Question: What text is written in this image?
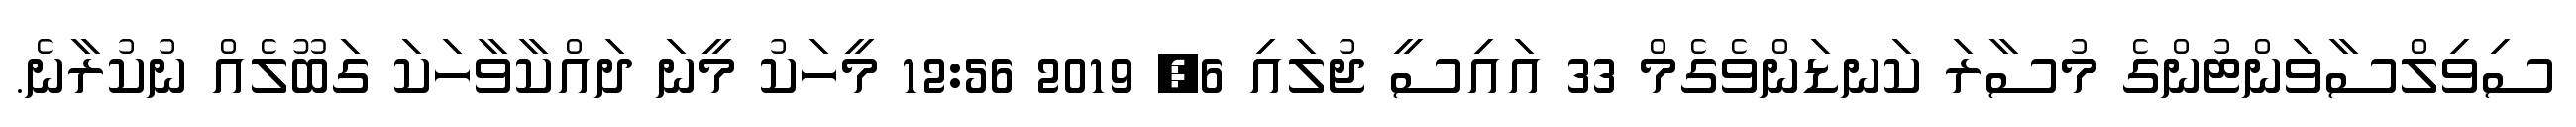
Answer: ސިވިލްސާވަންޓުންގެ މުސާރަ ކަނޑަންވެގެމް 33 އައިސީ ޖުލައި 6, 2019 12:56 މީހަކު މީނަ ދައްކާވާހަކަ ގަބޫލެއް ނުކުރާނެ.